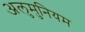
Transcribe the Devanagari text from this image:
अलुमुनियम